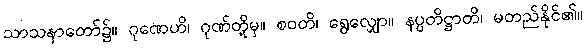
သာသနာတော်၌။ ဂုဏေဟိ၊ ဂုဏ်တို့မှ။ စဝတိ၊ ရွေလျှော။ နပ္ပတိဋ္ဌာတိ၊ မတည်နိုင်၏။